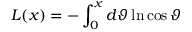
L ( x ) = - \int _ { 0 } ^ { x } d \vartheta \ln \cos \vartheta